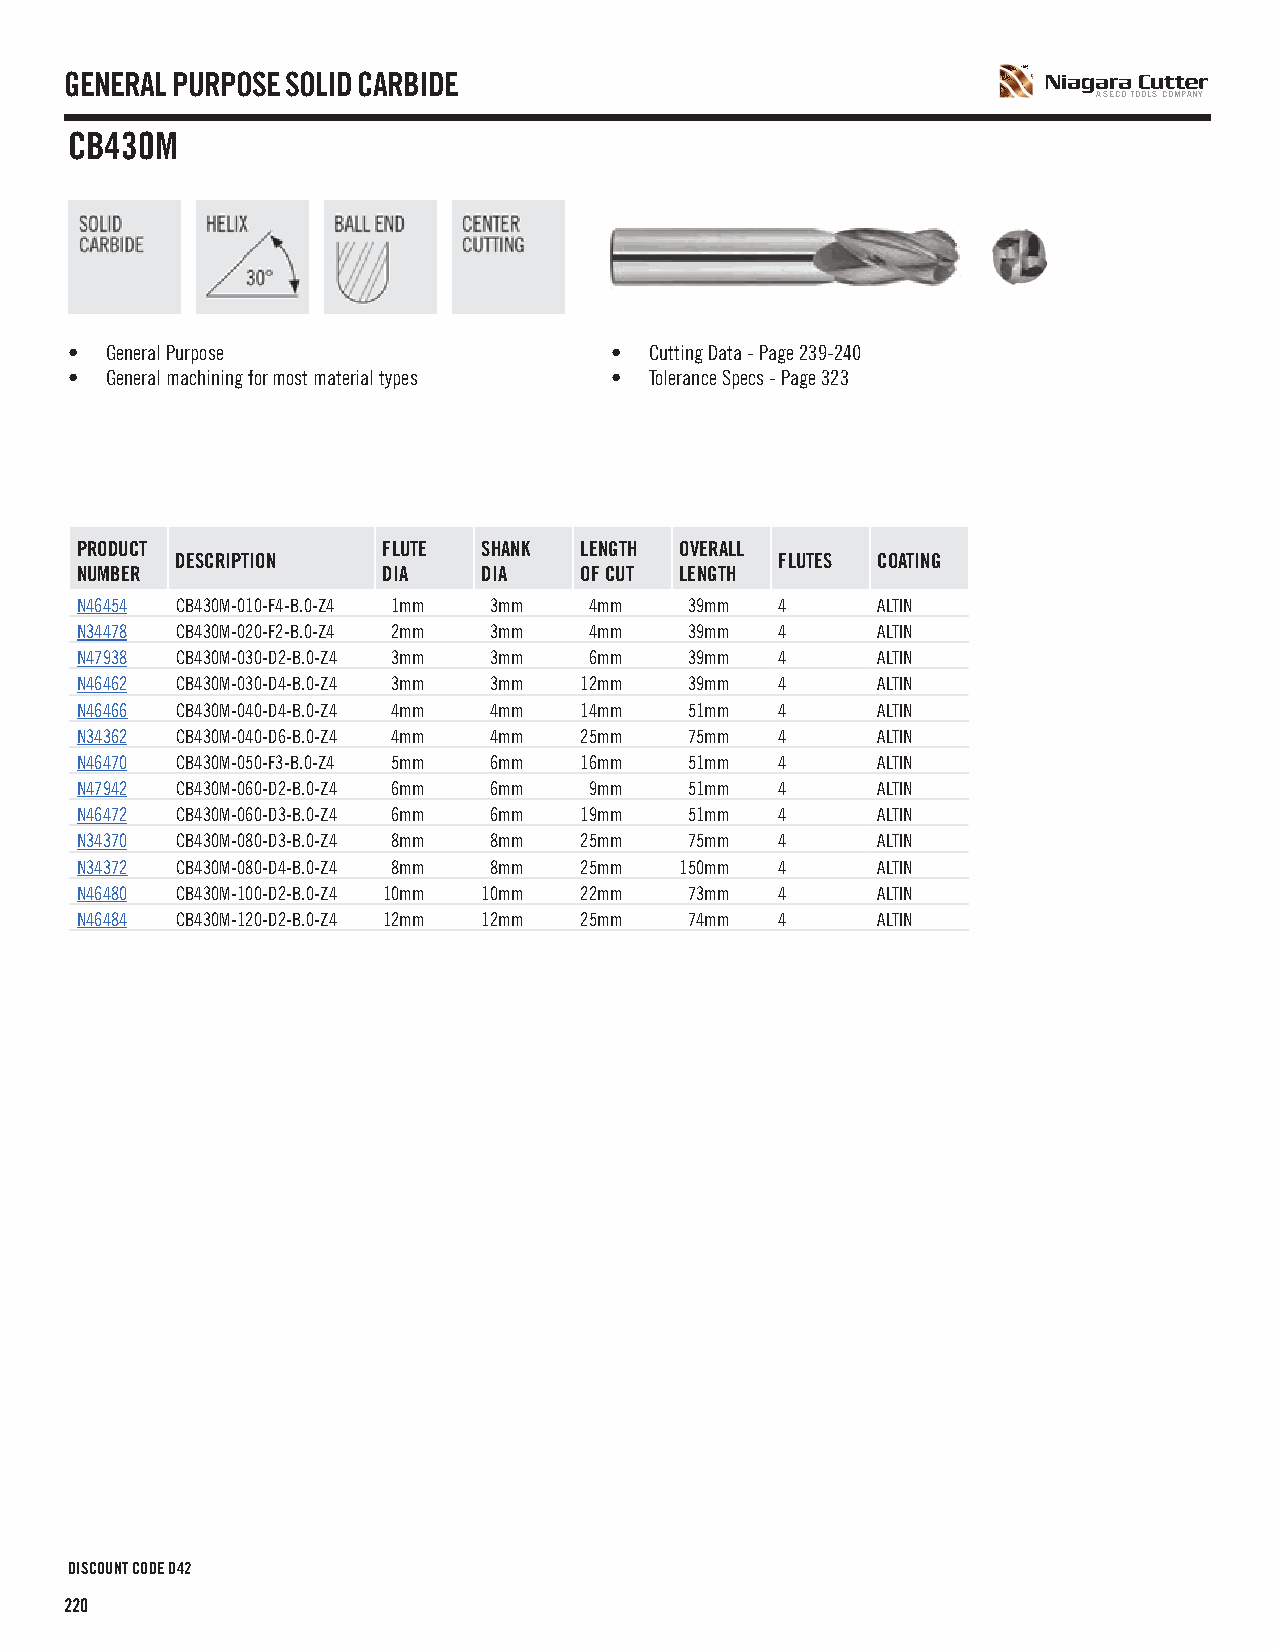
GENERAL PURPOSE SOLID CARBIDE
 A SECO TOOLS COMPANY
 CB430M
 • General Purpose                  •  Cutting Data - Page 239-240
 • General machining for most material types • Tolerance Specs - Page 323
 PRODUCT             FLUTE  SHANK LENGTH OVERALL
 DESCRIPTION                             FLUTES COATING
 NUMBER              DIA    DIA   OF CUT LENGTH
 N46454 CB430M-010-F4-B.0-Z4 1mm 3mm 4mm  39mm  4     ALTIN
 N34478 CB430M-020-F2-B.0-Z4 2mm 3mm 4mm  39mm  4     ALTIN
 N47938 CB430M-030-D2-B.0-Z4 3mm 3mm 6mm  39mm  4     ALTIN
 N46462 CB430M-030-D4-B.0-Z4 3mm 3mm 12mm 39mm  4     ALTIN
 N46466 CB430M-040-D4-B.0-Z4 4mm 4mm 14mm 51mm  4     ALTIN
 N34362 CB430M-040-D6-B.0-Z4 4mm 4mm 25mm 75mm  4     ALTIN
 N46470 CB430M-050-F3-B.0-Z4 5mm 6mm 16mm 51mm  4     ALTIN
 N47942 CB430M-060-D2-B.0-Z4 6mm 6mm 9mm  51mm  4     ALTIN
 N46472 CB430M-060-D3-B.0-Z4 6mm 6mm 19mm 51mm  4     ALTIN
 N34370 CB430M-080-D3-B.0-Z4 8mm 8mm 25mm 75mm  4     ALTIN
 N34372 CB430M-080-D4-B.0-Z4 8mm 8mm 25mm 150mm 4     ALTIN
 N46480 CB430M-100-D2-B.0-Z4 10mm 10mm 22mm 73mm 4    ALTIN
 N46484 CB430M-120-D2-B.0-Z4 12mm 12mm 25mm 74mm 4    ALTIN
 DISCOUNT CODE D42
 220